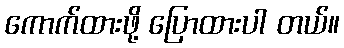
ကောက်ထားဖို့ ပြောထားပါ တယ်။